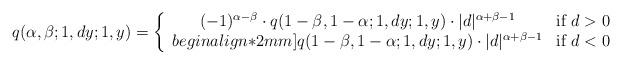
LaTeX: \begin{align*}q(\alpha,\beta;1,dy;1,y)=\left\{\begin{array}{cc}(-1)^{\alpha-\beta}\cdot q(1-\beta,1-\alpha;1,dy;1,y)\cdot|d|^{\alpha+\beta-1} & \mbox{if $d>0$}\\begin{align*}2mm]q(1-\beta,1-\alpha;1,dy;1,y)\cdot|d|^{\alpha+\beta-1} & \mbox{if $d<0$}\\ \end{array}\right.\end{align*}